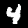
Label: 4